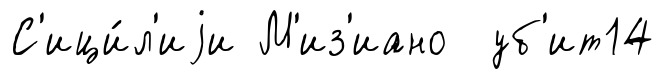
С'ици́л'иjи М'из'иано уб'ит14